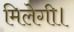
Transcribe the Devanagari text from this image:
मिलेगी।